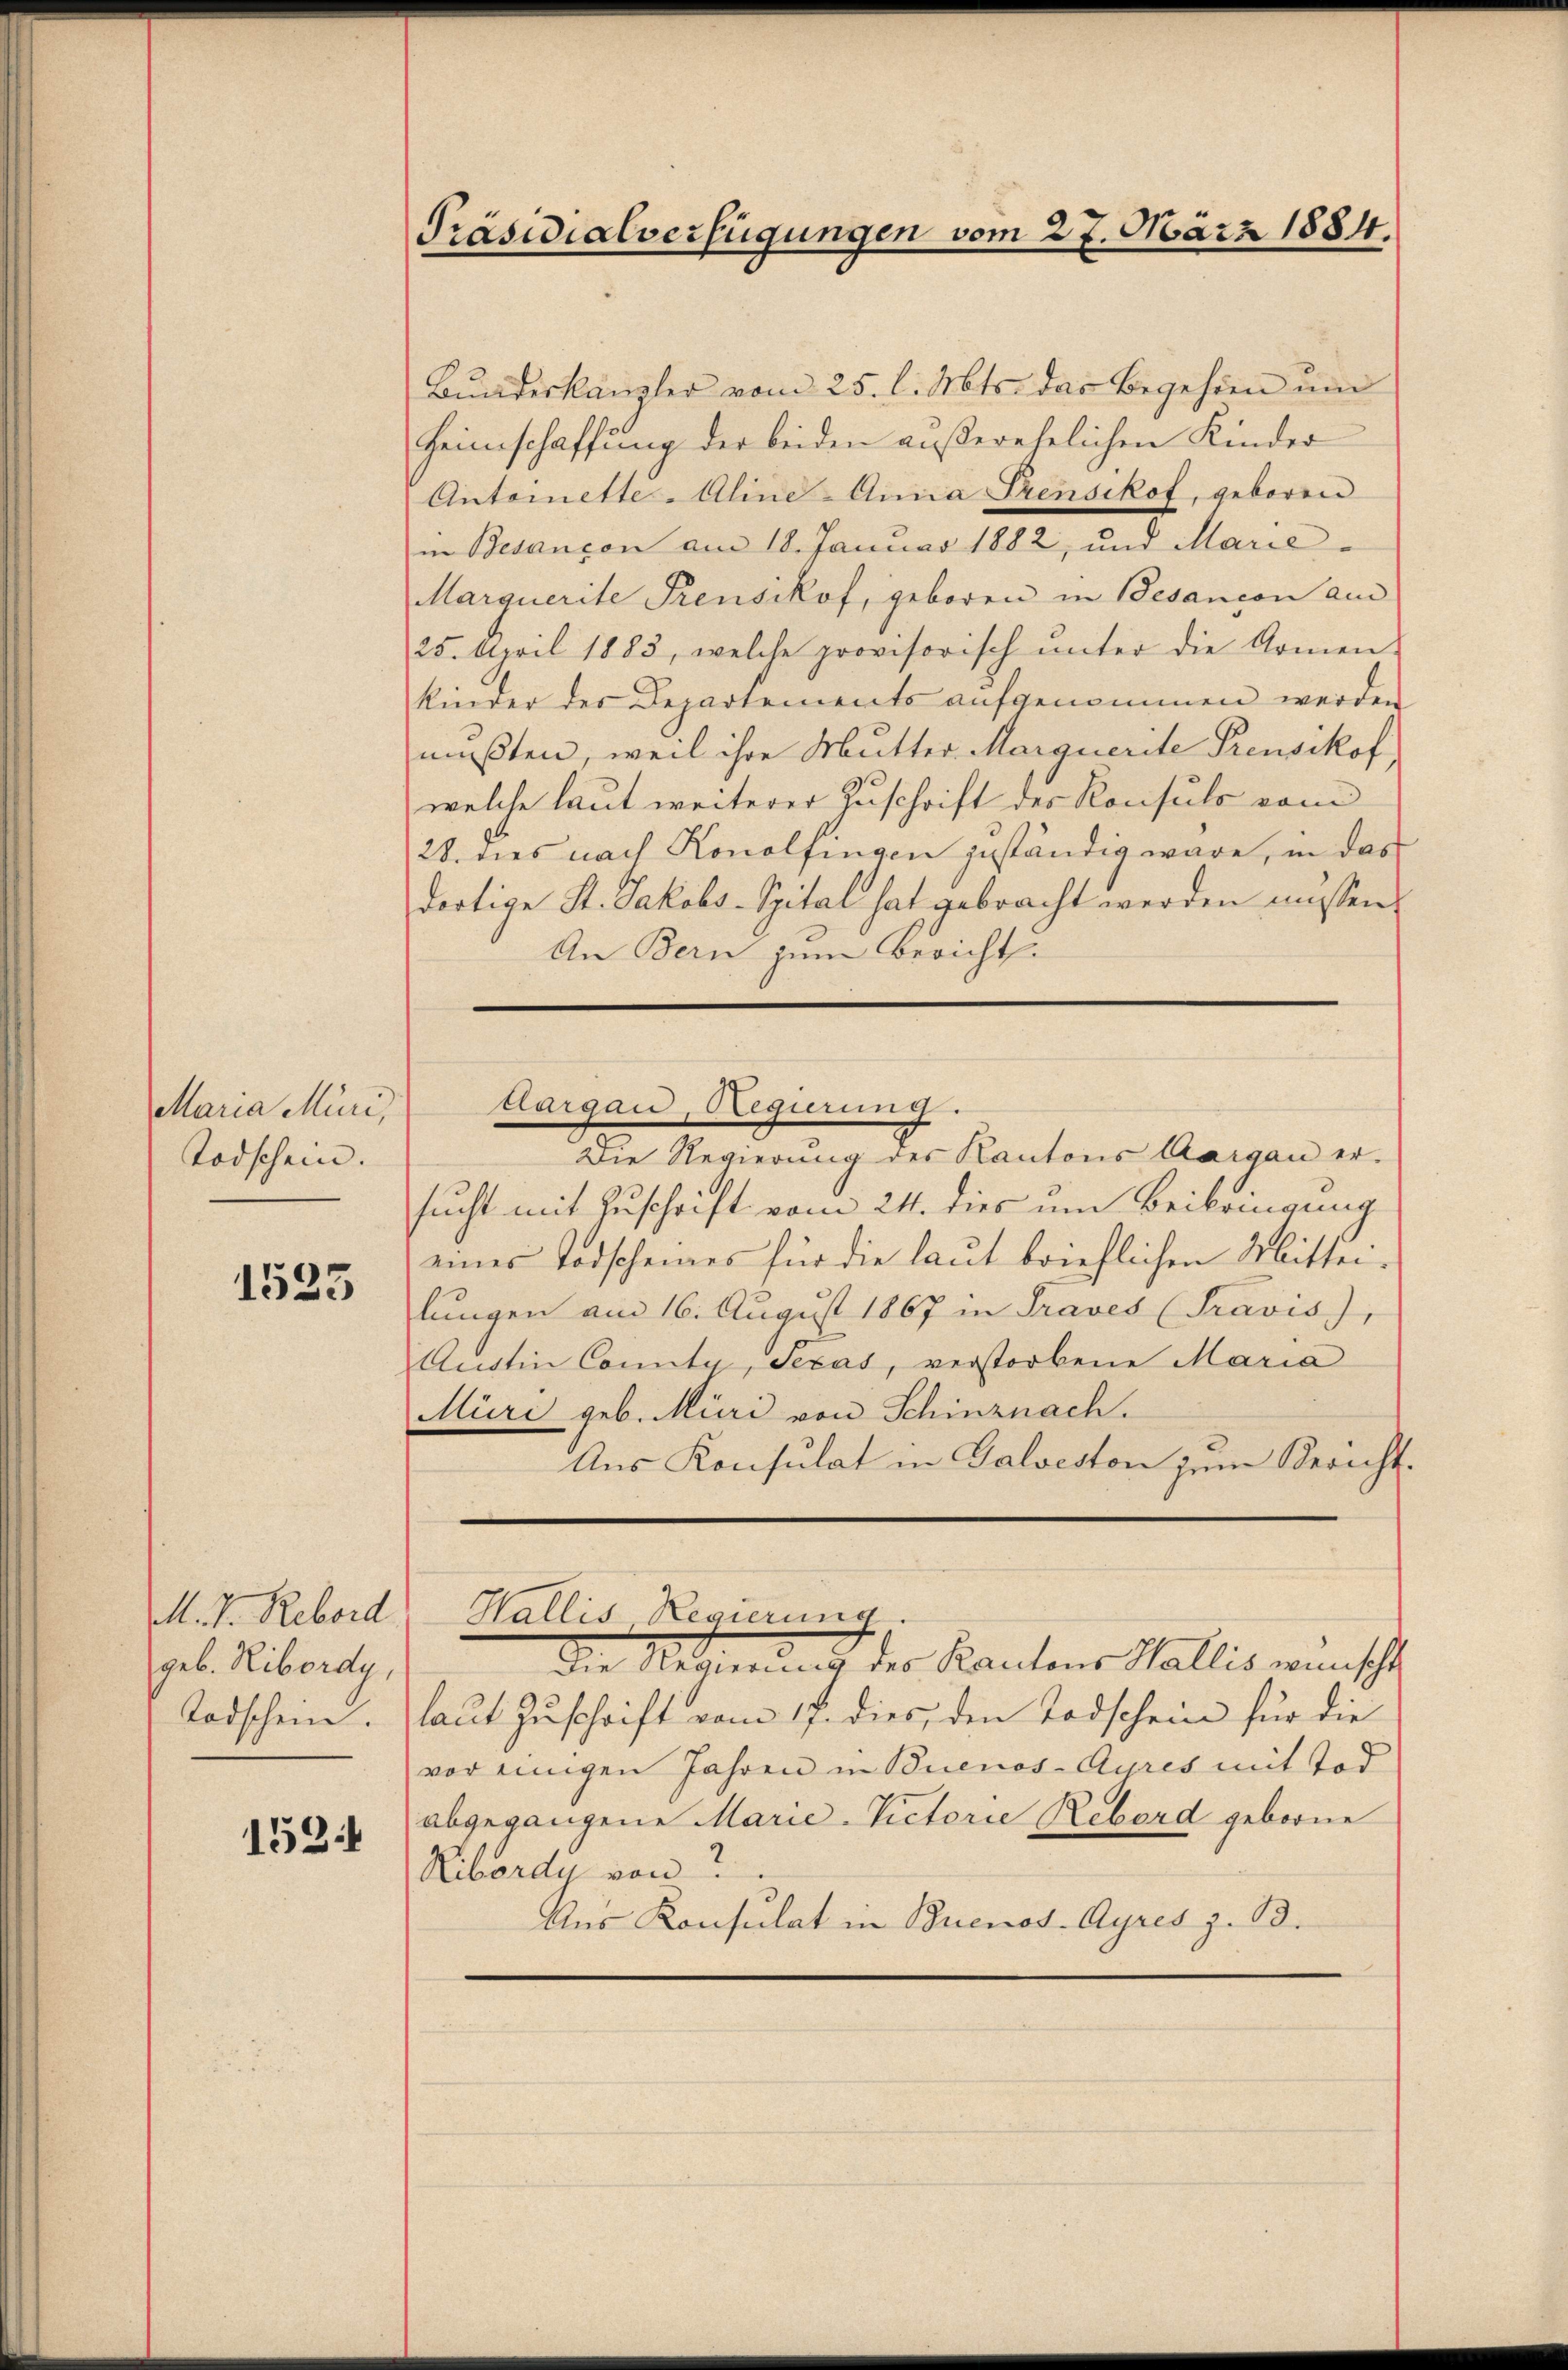
Maria Müri,
Todschein. |

1523

M. D. Rebord
geb. Ribordy,
Todschein.

152

Präsidialverfügungen vom 27. März 1884.

Bŭndeskanzler vom 25. l. Mts. das Begehren ŭm
Heimschaffung der beiden außerehelichen Kinder
Antomette Aline Anna Prensikof, geboren
in Besançon am 18. Januar 1882, und Marie-
Marquerite Pensikof, geboren in Besancon am
25. April 1883, welche provisorisch unter die Armen-
kinder der Departements aufgenommen werden
mußten, weil ihre Mutter Marquerite Preusikof,
welche laut weiterer Zuschrift des Konsuls vom
28. dies nach Konolfingen geständig wäre, in das
dortige St. Jakobs-Spital hat gebracht werden müssen.
An Bern zum Bericht.
Die Regierung des Kantons Aargau ersucht mit Zuschrift vom 24. dies um Beibringung
eines Todscheines für die laut brieflichen Mittei-
lungen am 16. August 1867 in Traves (Travis),
Austin Connte, Secas, verstorbene Maria
Müri geb. Müri von Schinznach.
Aus Konsulat in Galveston zum Bericht.
Wallis Regierung
Die Regierung des Kantons Wallis wünscht
laut Zuschrift vom 17. dies, den Todschein für die
vor einigen Jahren in Buenos-Ayres mit Tod
abgegangene Marie-Victorie Rebord geborne
Ribord von
Aur Konsulat in Buenos-Ayres z. B.

dargau, Regierung.